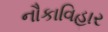
નૌકાવિહાર